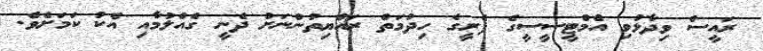
ރައީސް ވިދާޅުވި އެމްޓީސީސީގެ ފެރީގެ ހިދުމަތް ރައްޔިތުންނަށް ދެނީ ގެއްލުމާއި އެކު ކަމަށެވެ.